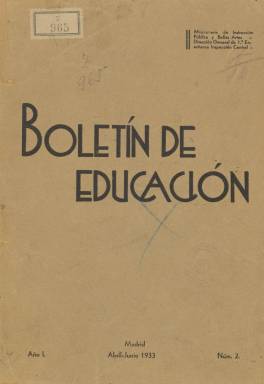
Título: Boletín de educación (Madrid)
Colección: Educación
Ámbito geográfico: Madrid
Lugar de publicación: Madrid
Fechas: 01/04/1933-31/07/1934

Publicación oficial del Ministerio de Instrucción Pública y Bellas Artes, concretamente de la Inspección Central dependiente de la Dirección General de 1ª Enseñanza, cuyo objetivo era servir de canal de comunicación con las escuelas nacionales de toda España a fin de que se enseñaran en ellas el ideario pedagógico y las doctrinas sobre la educación del Gobierno de la II República.

  El Boletín comenzó a editarse, con periodicidad trimestral, en enero de 1933 tras la aprobación en el mes anterior de un decreto en el que se fijaba la misión de la Inspección Profesional de Primera Enseñanza como ‘organismo encargado de orientar, impulsar y dirigir el funcionamiento de las escuelas nacionales y de las instituciones educativas auxiliares de las mismas’.

 El inspector era la figura clave del Ministerio para llevar a cabo la conjunción de lo político y lo técnico en el Magisterio. Por el citado decreto se creaba la Inspección Central y se le encomendaba la publicación del Boletín de Educación. En cada provincia, además, se publicaría un boletín mensual a cargo de los inspectores provinciales.

  La Biblioteca Nacional de España sólo tiene cuatro números de esta publicación, dos de 1933 y otros dos de 1934, aunque se prolongó por lo menos hasta 1935 sin que se sepa con certeza cuál fue la última entrega.

  Un repaso al sumario del Boletín número 2, publicado en abril de 1933, puede dar una idea muy ajustada del contenido de la publicación: ‘Lo que ha hecho la República, mejora económica del Magisterio; la política del Ministerio en las construcciones escolares; la sustitución de la enseñanza primaria dada por las Órdenes y Congregaciones religiosas’.

  Este último reportaje es ilustrativo de uno de los problemas más acuciantes que tuvo que afrontar el Gobierno republicano como consecuencia de uno de los artículos de la Constitución laica de 1931 más polémicos: el que prohibía la enseñanza a las Órdenes y Congregaciones religiosas. En la información del Boletín se indica que los afectados eran unos 350.000 niños de ambos sexos y que se esperaba solucionar el problema en unos casos con las existentes escuelas nacionales, que estaban infrautilizadas, y en otros con la construcción de nuevos centros.

La publicación contaba con un número de páginas elevado. El número que más tiene de los que posee la BNE es el de abril de 1934, que cuenta con 88 páginas. El Boletín incluía también fotografías, un buen número de ellas son de las nuevas escuelas que se iban inaugurando en diferentes lugares de España, así como de las actividades llevadas a cabo en los centros.

  El Boletín también daba información sobre distintos aspectos de la educación de la primera enseñanza en diferentes países de Europa, así como datos sobre la labor en las distintas provincias españolas y todo lo que tenía que ver con las Escuelas normales, o centros de capacitación de los maestros.

Sobre esta publicación se puede obtener más información en el portal Dialnet, donde se puede consultar el trabajo de Ángela Caballero Cortés que lleva por título ‘Los Boletines de Educación: órganos de comunicación de la Inspección con las escuelas’

[Descripción publicada el 17/08/2022]